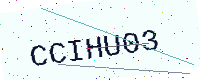
Text: CCIHU03